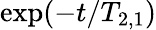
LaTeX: \exp(-t/T_{2,1})